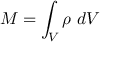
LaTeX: M = \int _ { V } \rho \ d V